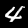
Digit: 4